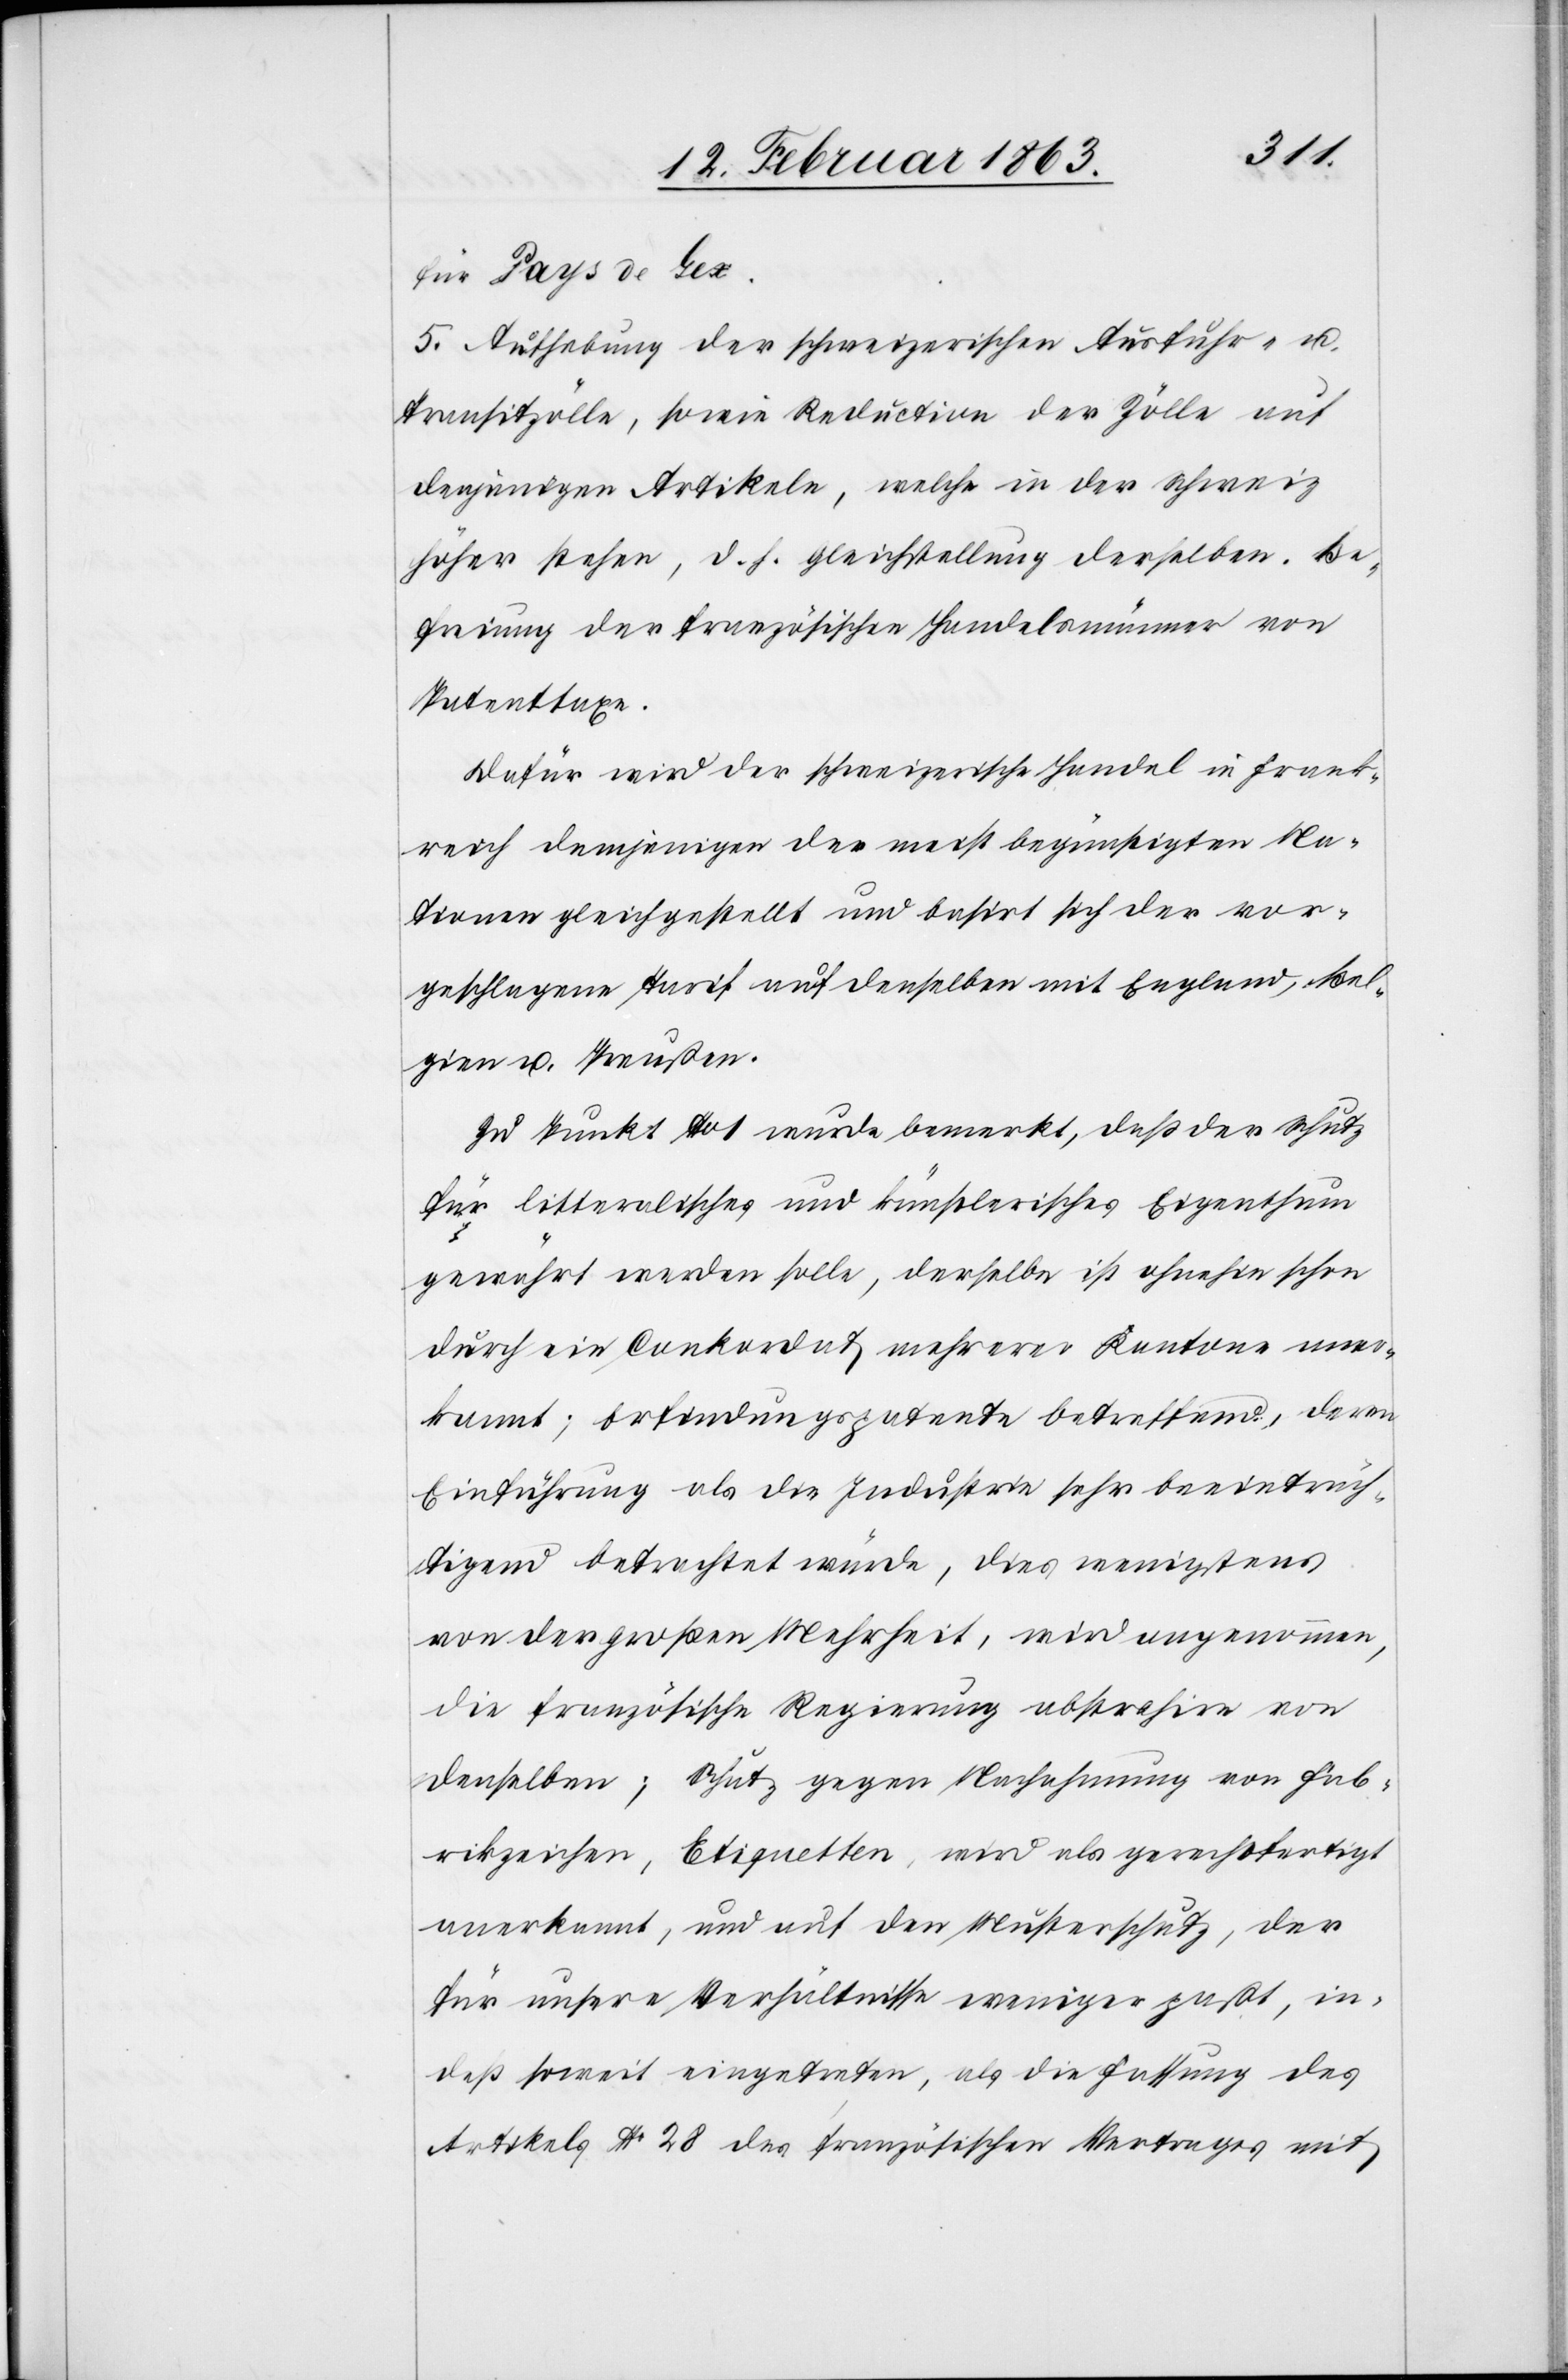
für Pays de Gex.
5. Aufhebung der schweizerischen Ausfuhr- u.
Transitzölle, sowie Reduction der Zölle auf
denjenigen Artikeln, welche in der Schweiz
höher stehen, d. h. Gleichstellung derselben. Be¬
freiung der französischen Handelsmänner von
Patenttaxe.
Dafür wird der schweizerische Handel in Frank¬
reich demjenigen der meist begünstigten Na¬
tionen gleichgestellt und basirt sich der vor¬
geschlagene Tarif auf denselben mit England, Bel¬
gien u. Preußen.
Zu Punkt No 1 wurde bemerkt, daß der Schutz
für litteralisches und künstlerisches Eigenthum
gewährt werden solle, derselbe ist ohnehin schon
durch ein Conkordat mehrerer Kantone aner¬
kannt; Erfindungspatente betreffend, deren
Einführung als die Industrie sehr beeinträch¬
tigend betrachtet würde, dies wenigstens
von der großen Mehrheit, wird angenommen,
die französische Regierung abstrahire von
denselben; Schutz gegen Nachahmung von Fab¬
rikzeichen, Etiquetten, wird als gerechtfertigt
anerkannt, und auf den Musterschutz, der
für unsere Verhältnisse weniger paßt, in¬
deß soweit eingetreten, als die Fassung des
Artikels No 28 des französischen Vertrages mit